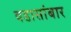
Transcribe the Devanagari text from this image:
वडासांबार